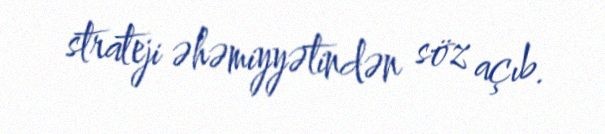
strateji əhəmiyyətindən söz açıb.